Lunatic asylums Punjab 1868-1880 - 1868-1880
Year: 1868
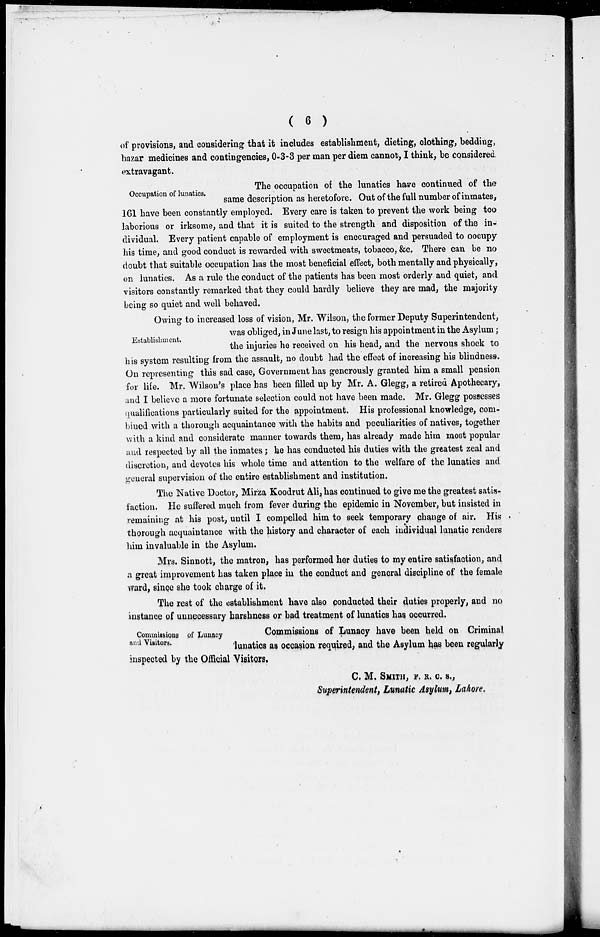
( 6 )
of provisions, and considering that it includes establishment, dieting, clothing, bedding,
bazar medicines and contingencies, 0-3-3 per man per diem cannot, I think, be considered
extravagant.
Occupation of lunatics.
The occupation of the lunatics have continued of the
same description as heretofore. Out of the full number of inmates,
161 have been constantly employed. Every care is taken to prevent the work being too
laborious or irksome, and that it is suited to the strength and disposition of the in-
dividual. Every patient capable of employment is encouraged and persuaded to oocupy
his time, and good conduct is rewarded with sweetmeats, tobacco, &c. There can be no
doubt that suitable occupation has the most beneficial effect, both mentally and physically,
on lunatics. As a rule the conduct of the patients has been most orderly and quiet, and
visitors constantly remarked that they could hardly believe they are mad, the majority
being so quiet and well behaved.
Establishment.
Owing to increased loss of vision, Mr. Wilson, the former Deputy Superintendent,
was obliged, in June last, to resign his appointment in the Asylum;
the injuries he received on his head, and the nervous shock to
his system resulting from the assault, no doubt had the effect of increasing his blindness.
On representing this sad case, Government has generously granted him a small pension
for life. Mr. Wilson's place has been filled up by Mr. A. Glegg, a retired Apothecary,
and I believe a more fortunate selection could not have been made. Mr. Glegg possesses
qualifications particularly suited for the appointment. His professional knowledge, com-
bined with a thorough acquaintance with the habits and peculiarities of natives, together
with a kind and considerate manner towards them, has already made him most popular
and respected by all the inmates ; he has conducted his duties with the greatest zeal and
discretion, and devotes his whole time and attention to the welfare of the lunatics and
general supervision of the entire establishment and institution.
The Native Doctor, Mirza Koodrut Ali, has continued to give me the greatest satis-
faction. He suffered much from fever during the epidemic in November, but insisted in
remaining at his post, until I compelled him to seek temporary change of air. His
thorough acquaintance with the history and character of each individual lunatic renders
him invaluable in the Asylum.
Mrs. Sinnott, the matron, has performed her duties to my entire satisfaction, and
a great improvement has taken place in the conduct and general discipline of the female
ward, since she took charge of it.
The rest of the establishment have also conducted their duties properly, and no
instance of unnecessary harshness or bad treatment of lunatics has occurred.
Commissions of Lunacy
and Visitors.
Commissions of Lunacy have been held on Criminal
lunatics as occasion required, and the Asylum has been regularly
inspected by the Official Visitors.
C. M. SMITH, F. R. C. S.,
Superintendent, Lunatic Asylum, Lahore.